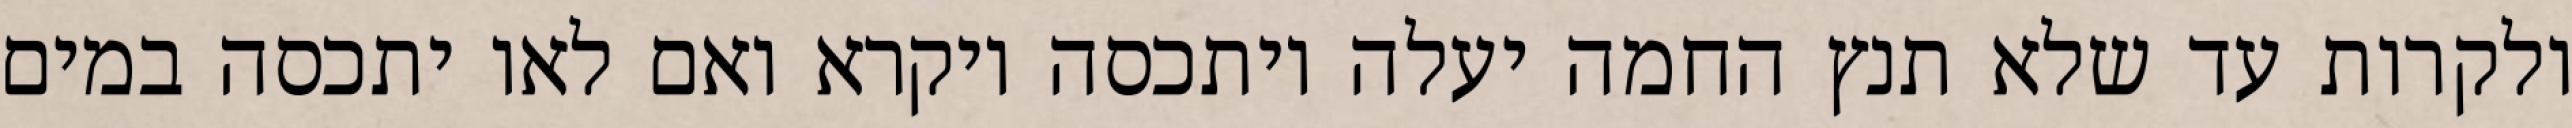
ולקרות עד שלא תנץ החמה יעלה ויתכסה ויקרא ואם לאו יתכסה במים